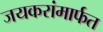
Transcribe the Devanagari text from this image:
जयकरांमार्फत